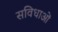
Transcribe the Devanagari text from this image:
सविधाओं